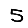
Digit: 5